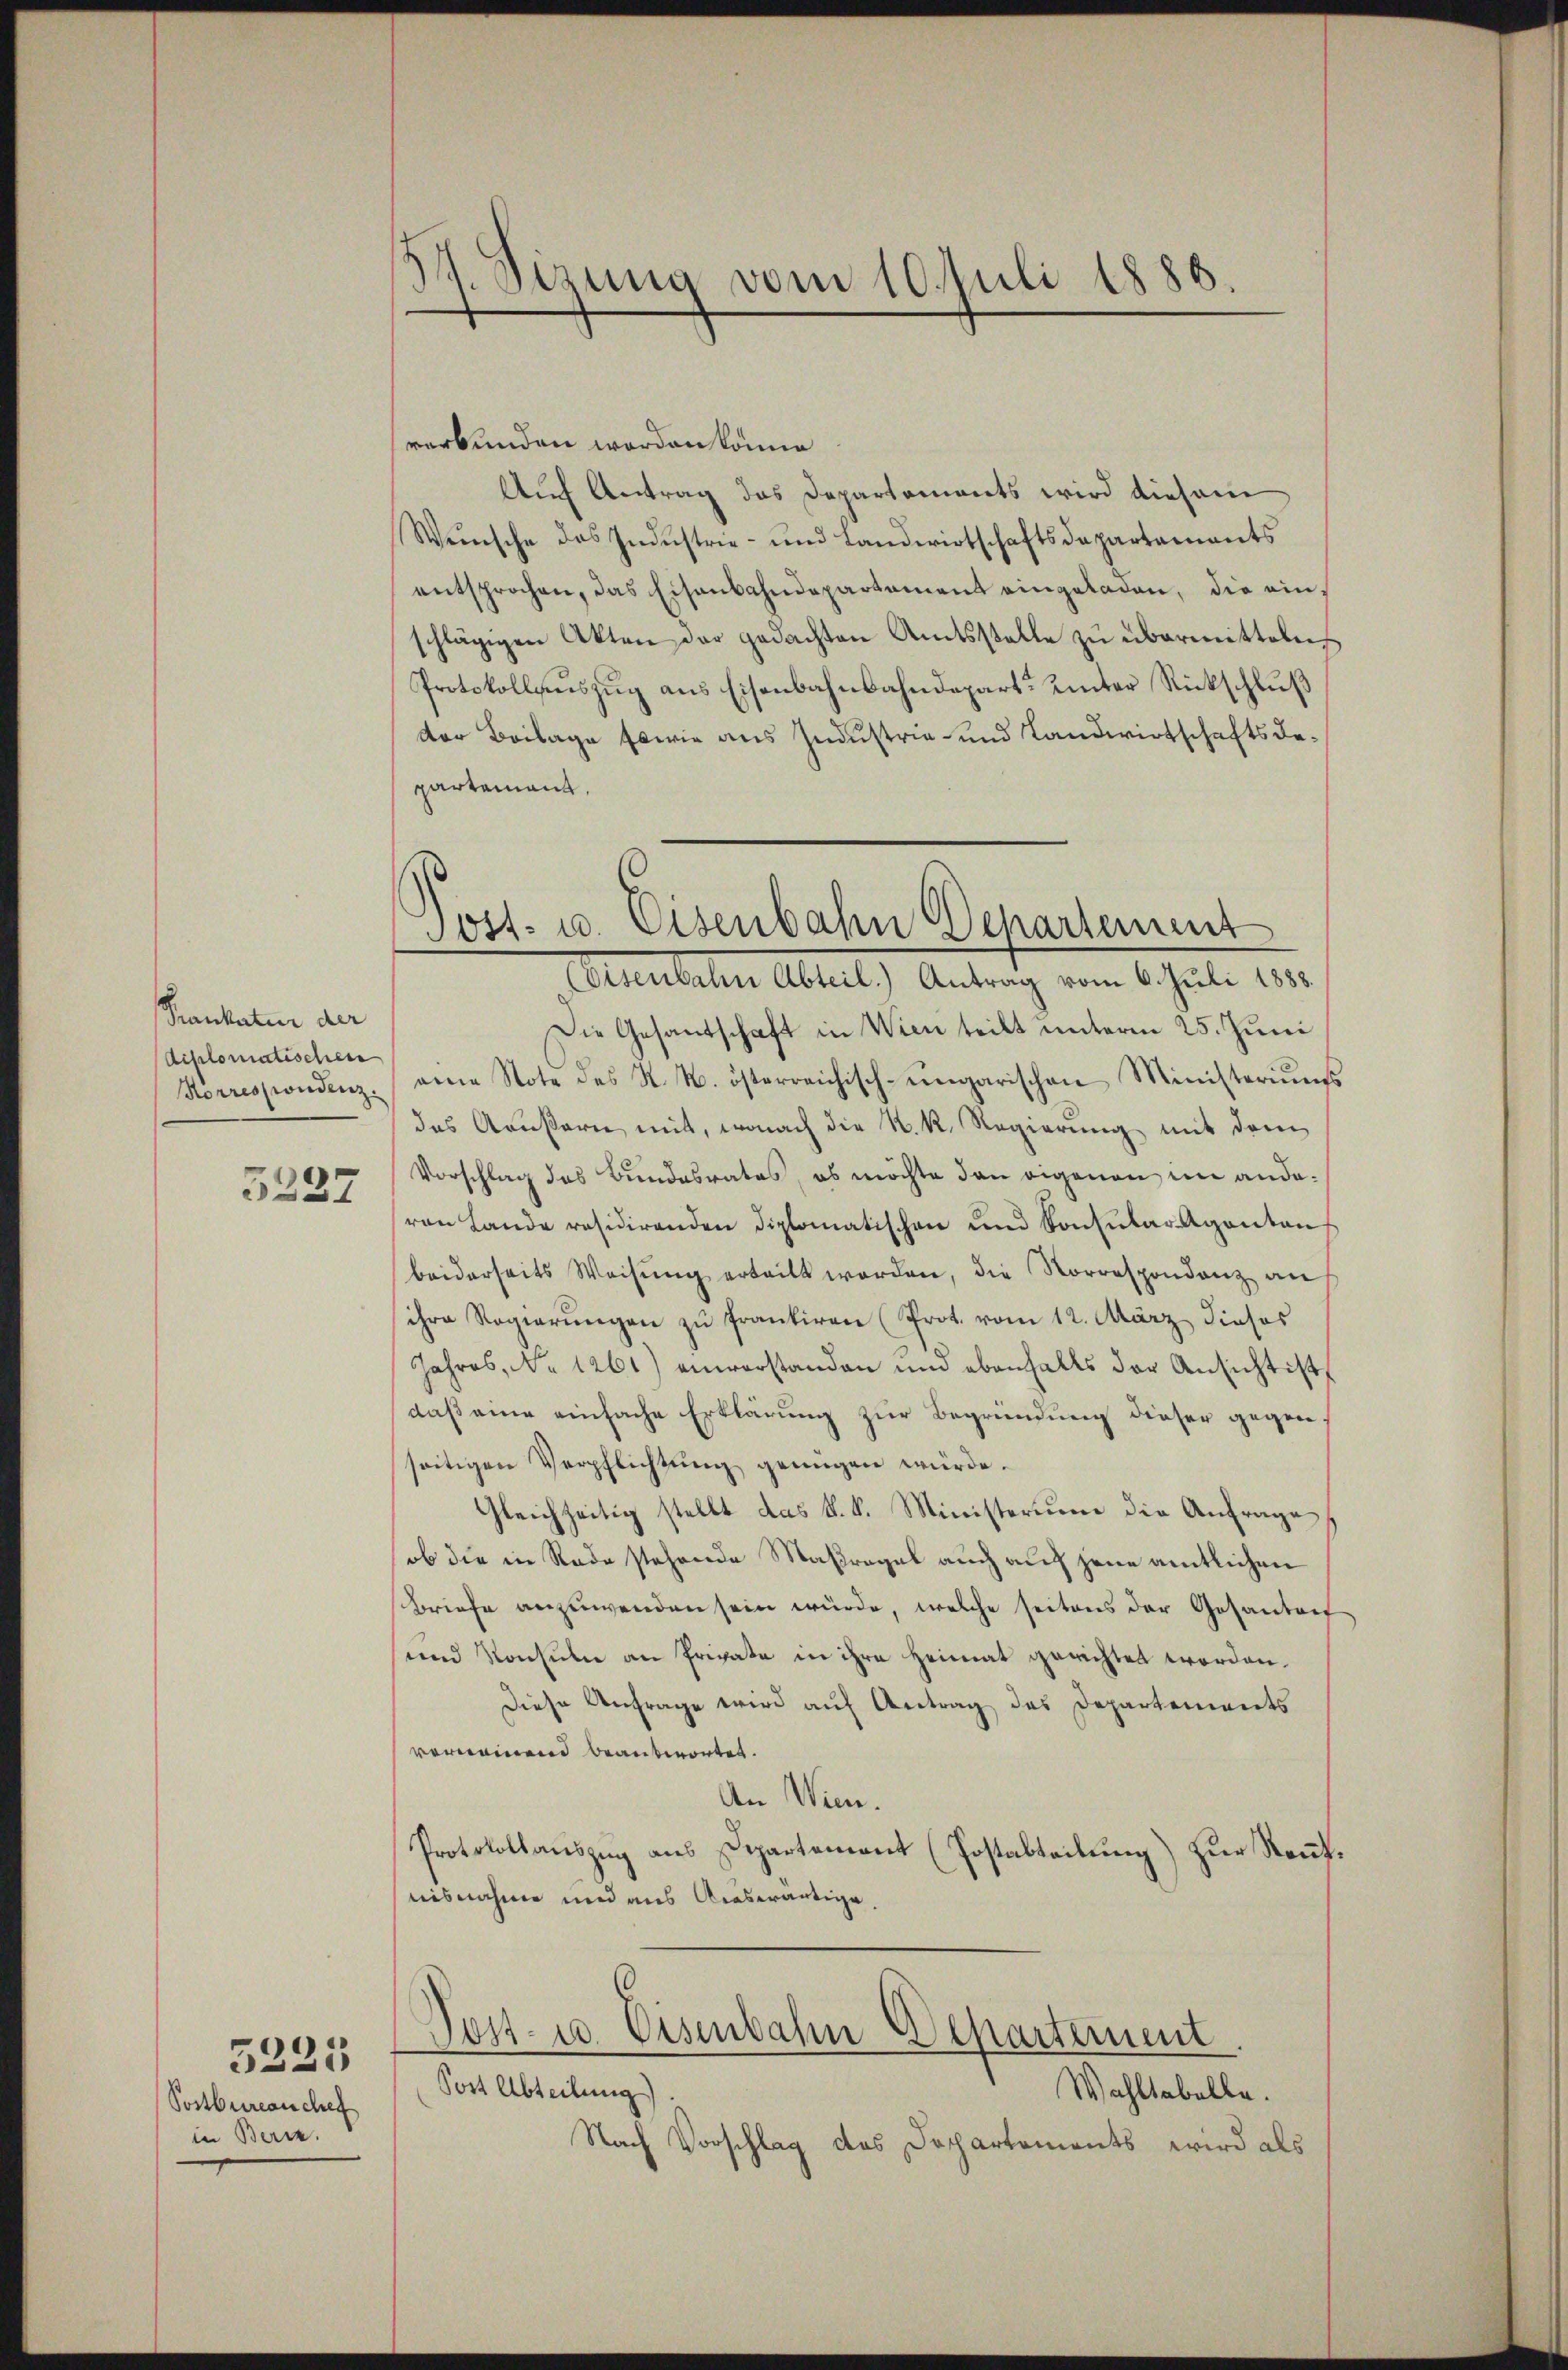
Prankatur der
diplomatischen

5227

Postbureauchen
in Beri

5225

54 Sizung vom 10. Juli 1886.

verbunden worden könne
Auf Antrag das Departements wird diesem
Wünsche das Industrie- und Landwirtschaftsdepartaments
entsprochen, das Eisenbahndepartament eingeladen, die einschlägigen Akten der gedachten Amtsstelle zu übermitteln
Protokollaŭszŭg ans Eisenbahnbahndepart unter Rückschlŭβ
der Beilage sowie aus Zudustrie- und Landwirtschaftsdepartement,

Tost- u. Eisenbahn Departement
(Visenbahn Abteil.) Antrag vom 6. Juli 1888.

Die Gesantschaft in Wien teilt unterm 25. Juni
Korrespondenz eine Note des N. N. österreichisch-ungarischen Ministeriums
des Aeußern mit, wonach die N. K. Regierung mit dem
Vorschlag des Bundesrates, es möchte den eigenen im andevon Lande residirenden diplomatischen und Konsularaganten
beiderseits Weisŭng erteilt worden, die Korrespondenz an
ihre Regierŭngen zŭ frankiren (Prot. vom 12. März dieses
Jahres, No 1261) einverstanden und ebenfalls der Ansichtist
daß eine einfache Erklärung zur Begründung dieser gegenseitigen Verpflichtung genügen würde.
Gleichzeitig stellt das k. k. Ministerium die Anfrage
ob die in Rade stehende Maßregel auch auf jene amtlichen
Briefe anzuwenden sein würde, welche seitens der Gesantret
und Konsuln an Private in ihre Heimat gerichtet worden.
Diese Anfrage wird auf Antrag des Departements
verweinend beantwortet.
An Wien.
Protokollauszug aus Departement (Postabteilung) zur Kenntnisnahme und aus Auswärtige,

Dost- u. Eisenbahn Departement
Post Abteilung)
Wahltabelle.

Nach Vorschlag des Departements wird als